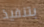
بتنفيذ